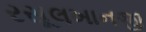
રસૂલખાનજી